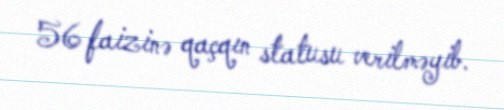
56 faizinə qaçqın statusu verilməyib.